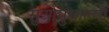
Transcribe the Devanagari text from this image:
सुओमुसाल्मी